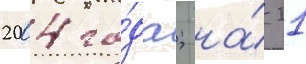
2004 го́да; на́ 21